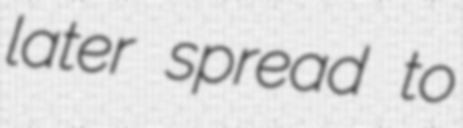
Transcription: later spread to